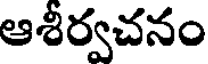
ఆశీర్వచనం